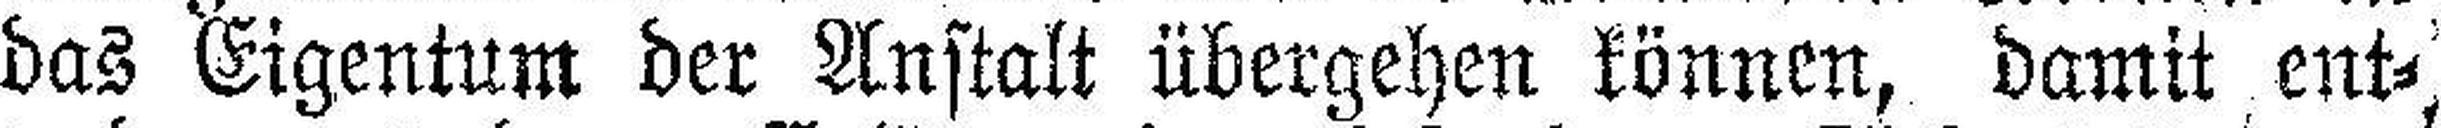
das Eigentum der Anstalt übergehen können, damit ent¬